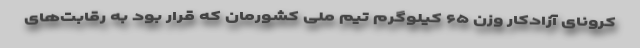
کرونای آزادکار وزن ۶۵ کیلوگرم تیم ملی کشورمان که قرار بود به رقابت‌های